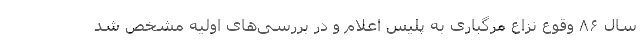
سال ۸۶ وقوع نزاع مرگباری به پلیس اعلام و در بررسی‌های اولیه مشخص شد